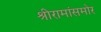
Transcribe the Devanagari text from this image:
श्रीरामांसमोर